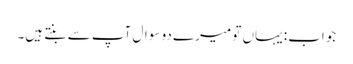
جواب: یہاں تو میرے دو سوال آپ سے بنتے ہیں۔